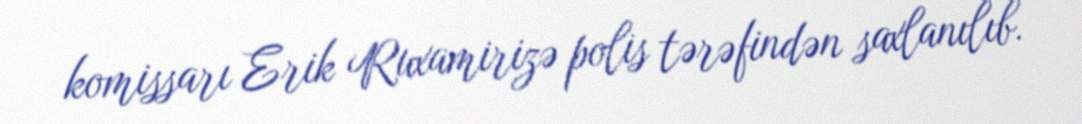
komissarı Erik Ruxamirizə polis tərəfindən saxlanılıb.